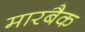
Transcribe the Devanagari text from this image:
मारबैक